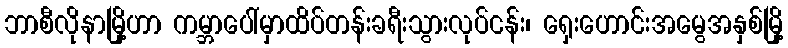
ဘာစီလိုနာမြို့ဟာ ကမ္ဘာပေါ်မှာထိပ်တန်းခရီးသွားလုပ်ငန်း၊ ရှေးဟောင်းအမွေအနှစ်မြို့